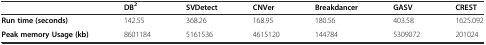
<table><thead><tr><td></td><td><b>DB<sup>2</sup></b></td><td><b>SVDetect</b></td><td><b>CNVer</b></td><td><b>Breakdancer</b></td><td><b>GASV</b></td><td><b>CREST</b></td></tr></thead><tbody><tr><td><b>Run time (seconds)</b></td><td>142.55</td><td>368.26</td><td>168.95</td><td>180.56</td><td>403.58</td><td>1625.092</td></tr><tr><td><b>Peak memory Usage (kb)</b></td><td>8601184</td><td>5161536</td><td>4615120</td><td>144784</td><td>5309072</td><td>201024</td></tr></tbody></table>